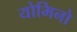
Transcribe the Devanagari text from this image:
योमिनो